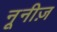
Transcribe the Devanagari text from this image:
नूनीज़